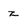
Character: z